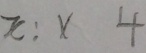
x : x 4